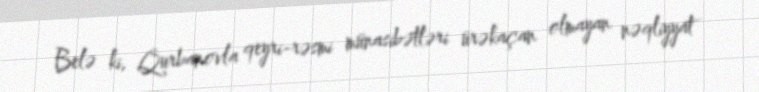
Belə ki, Qurbanovla qeyri-rəsmi münasibətləri ürəkaçan olmayan nəqliyyat